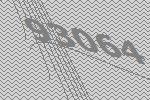
93064